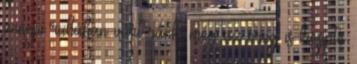
ünnepi ruhában várt ránk, még az öreg is kicsípte